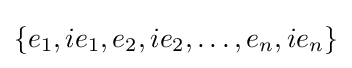
\left\{e_{1},ie_{1},e_{2},ie_{2},\dots ,e_{n},ie_{n}\right\}